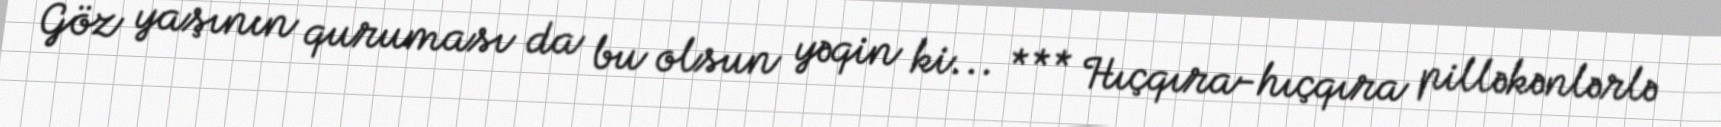
Göz yaşının quruması da bu olsun yəqin ki... *** Hıçqıra-hıçqıra pilləkənlərlə